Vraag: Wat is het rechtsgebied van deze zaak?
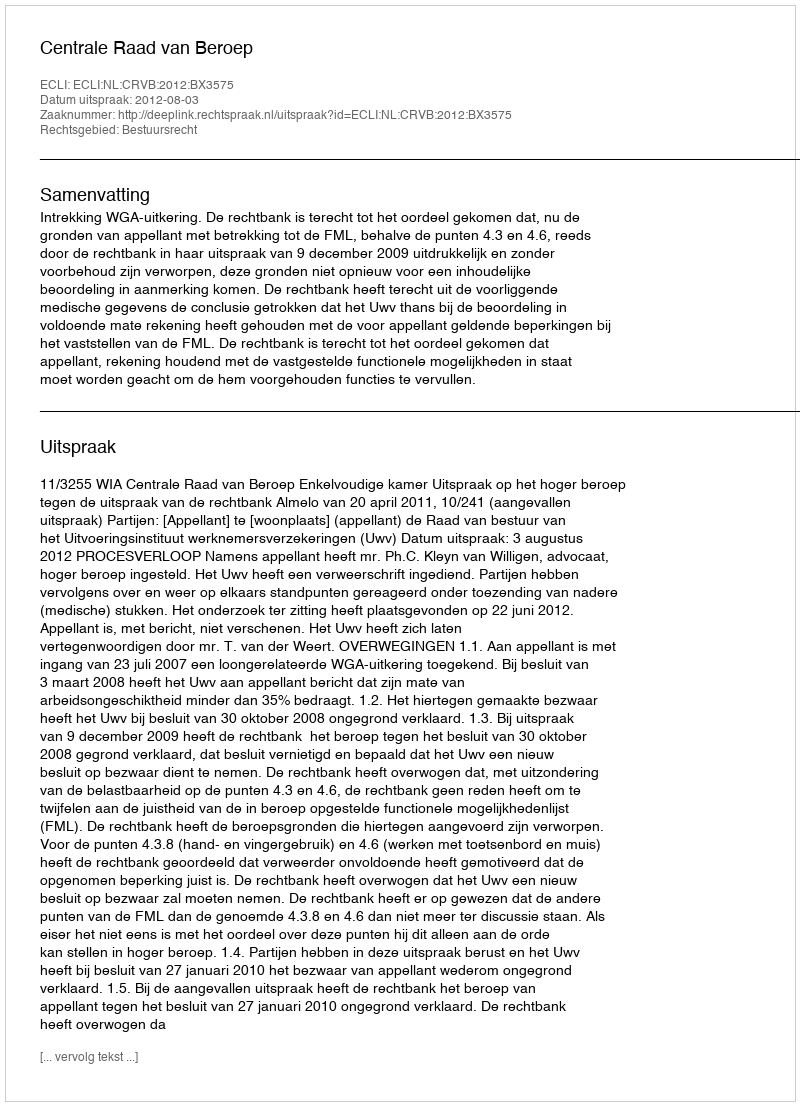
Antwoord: Bestuursrecht